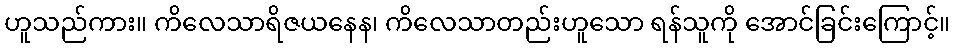
ဟူသည်ကား။ ကိလေသာရိဇယနေန၊ ကိလေသာတည်းဟူသော ရန်သူကို အောင်ခြင်းကြောင့်။